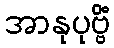
အာနုပုဗ္ဗိံ